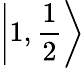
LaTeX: \left|1,{\frac{1}{2}}\right\rangle